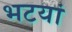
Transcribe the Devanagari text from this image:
भटयां